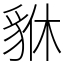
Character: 貅